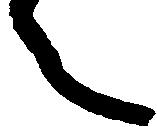
々